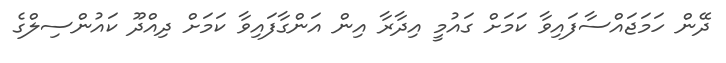
ދޭން ހަމަޖައްސާފައިވާ ކަމަށް ގައުމީ އިދާރާ އިން އަންގާފައިވާ ކަމަށް ދިއްދޫ ކައުންސިލްގެ